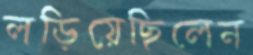
লড়িয়েছিলেন